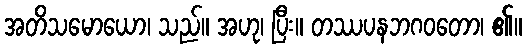
အတိသမောယော၊ သည်။ အဟု၊ ပြီး။ တဿပနဘဂဝတော၊ ၏။